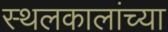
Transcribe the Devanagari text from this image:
स्थलकालांच्या